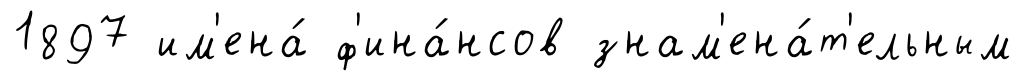
1897 им'ена́ ф'ина́нсов знам'ена́т'ельным